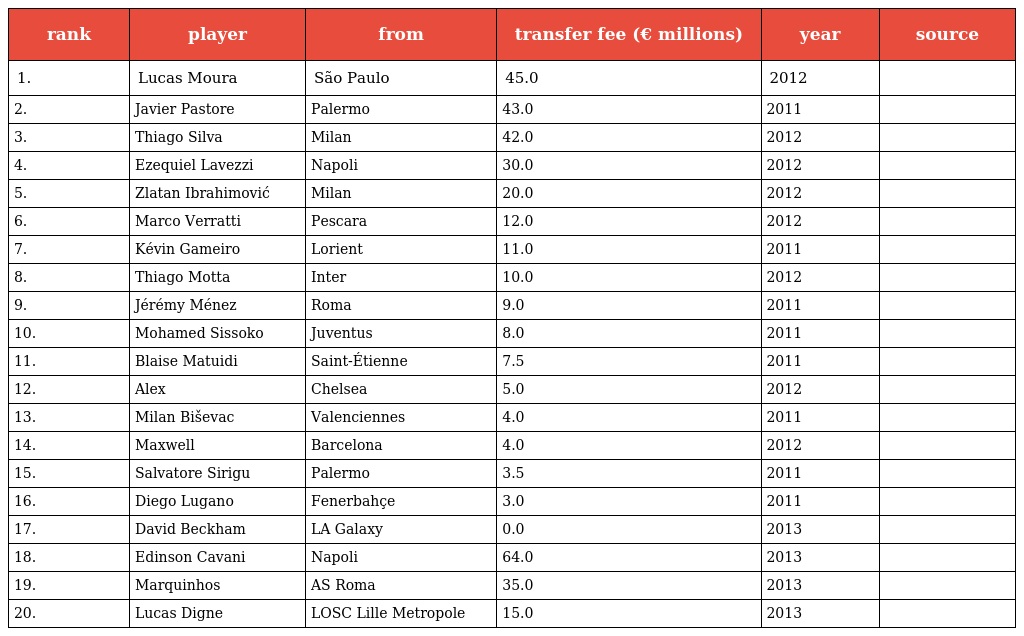
| rank | player | from | transfer fee (€ millions) | year | source |
 | --- | --- | --- | --- | --- | --- |
 | 1. | Lucas Moura | São Paulo | 45.0 | 2012 |  |
 | 2. | Javier Pastore | Palermo | 43.0 | 2011 |  |
 | 3. | Thiago Silva | Milan | 42.0 | 2012 |  |
 | 4. | Ezequiel Lavezzi | Napoli | 30.0 | 2012 |  |
 | 5. | Zlatan Ibrahimović | Milan | 20.0 | 2012 |  |
 | 6. | Marco Verratti | Pescara | 12.0 | 2012 |  |
 | 7. | Kévin Gameiro | Lorient | 11.0 | 2011 |  |
 | 8. | Thiago Motta | Inter | 10.0 | 2012 |  |
 | 9. | Jérémy Ménez | Roma | 9.0 | 2011 |  |
 | 10. | Mohamed Sissoko | Juventus | 8.0 | 2011 |  |
 | 11. | Blaise Matuidi | Saint-Étienne | 7.5 | 2011 |  |
 | 12. | Alex | Chelsea | 5.0 | 2012 |  |
 | 13. | Milan Biševac | Valenciennes | 4.0 | 2011 |  |
 | 14. | Maxwell | Barcelona | 4.0 | 2012 |  |
 | 15. | Salvatore Sirigu | Palermo | 3.5 | 2011 |  |
 | 16. | Diego Lugano | Fenerbahçe | 3.0 | 2011 |  |
 | 17. | David Beckham | LA Galaxy | 0.0 | 2013 |  |
 | 18. | Edinson Cavani | Napoli | 64.0 | 2013 |  |
 | 19. | Marquinhos | AS Roma | 35.0 | 2013 |  |
 | 20. | Lucas Digne | LOSC Lille Metropole | 15.0 | 2013 |  |